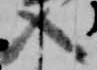
入